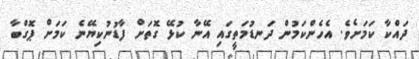
ދައްކާ ކަމަށެވެ. އެހެންކަމުން ދަނޑުމަތީގައި އޭނާ ކުޅޭ ގޮތަށް ފާޑުނުކިޔޭނެ ކަމަށް ޕޮގްބާ